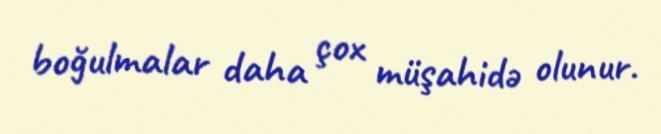
boğulmalar daha çox müşahidə olunur.